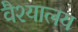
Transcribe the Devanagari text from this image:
वैश्यालय